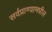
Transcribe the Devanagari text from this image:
सर्वप्राण्यामधील